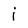
Character: j